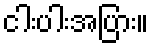
ငါးပါးအပြား။